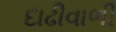
દાઢીવાળી